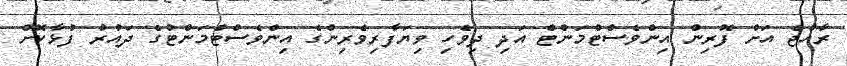
ރާއްޖެ އަށް ފޮރިން އިންވެސްޓްމަންޓް އަދި ދިވެހި ވިޔަފާރިވެރިންގެ އިންވެސްޓްމަންޓުގެ ދައުރު ފުޅާކޮށް